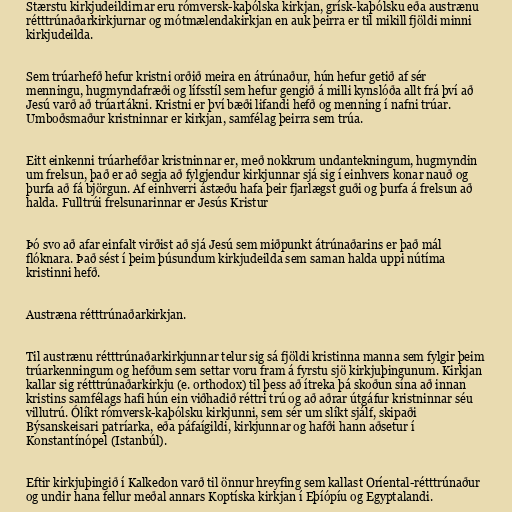
Stærstu kirkjudeildirnar eru rómversk-kaþólska kirkjan, grísk-kaþólsku eða austrænu
rétttrúnaðarkirkjurnar og mótmælendakirkjan en auk þeirra er til mikill fjöldi minni
kirkjudeilda.

Sem trúarhefð hefur kristni orðið meira en átrúnaður, hún hefur getið af sér
menningu, hugmyndafræði og lífsstíl sem hefur gengið á milli kynslóða allt frá því að
Jesú varð að trúartákni. Kristni er því bæði lifandi hefð og menning í nafni trúar.
Umboðsmaður kristninnar er kirkjan, samfélag þeirra sem trúa.

Eitt einkenni trúarhefðar kristninnar er, með nokkrum undantekningum, hugmyndin
um frelsun, það er að segja að fylgjendur kirkjunnar sjá sig í einhvers konar nauð og
þurfa að fá björgun. Af einhverri ástæðu hafa þeir fjarlægst guði og þurfa á frelsun að
halda. Fulltrúi frelsunarinnar er Jesús Kristur

Þó svo að afar einfalt virðist að sjá Jesú sem miðpunkt átrúnaðarins er það mál
flóknara. Það sést í þeim þúsundum kirkjudeilda sem saman halda uppi nútíma
kristinni hefð.

Austræna rétttrúnaðarkirkjan.

Til austrænu rétttrúnaðarkirkjunnar telur sig sá fjöldi kristinna manna sem fylgir þeim
trúarkenningum og hefðum sem settar voru fram á fyrstu sjö kirkjuþingunum. Kirkjan
kallar sig rétttrúnaðarkirkju (e. orthodox) til þess að ítreka þá skoðun sína að innan
kristins samfélags hafi hún ein viðhadið réttri trú og að aðrar útgáfur kristninnar séu
villutrú. Ólíkt rómversk-kaþólsku kirkjunni, sem sér um slíkt sjálf, skipaði
Býsanskeisari patríarka, eða páfaígildi, kirkjunnar og hafði hann aðsetur í
Konstantínópel (Istanbúl).

Eftir kirkjuþingið í Kalkedon varð til önnur hreyfing sem kallast Oríental-rétttrúnaður
og undir hana fellur meðal annars Koptíska kirkjan í Eþíópíu og Egyptalandi.